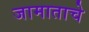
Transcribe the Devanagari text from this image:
जामाताचे